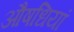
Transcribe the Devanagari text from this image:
औषधियां